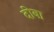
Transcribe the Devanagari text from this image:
दीबा